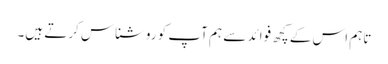
تاہم اس کے کچھ فوائد سے ہم آپ کو روشناس کرتے ہیں۔